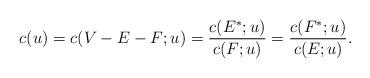
LaTeX: \begin{align*} c(u) = c(V-E-F;u) = \frac{c(E^*;u)}{c(F;u)} = \frac{c(F^*;u)}{c(E;u)}.\end{align*}